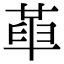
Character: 𠦶